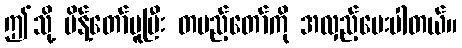
ဤသို့ မိန့်တော်မူပြီး တပည့်တော်ကို အလှည့်ပေးပါတယ်။